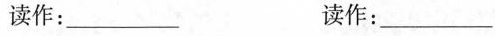
读作：___ 读作：____